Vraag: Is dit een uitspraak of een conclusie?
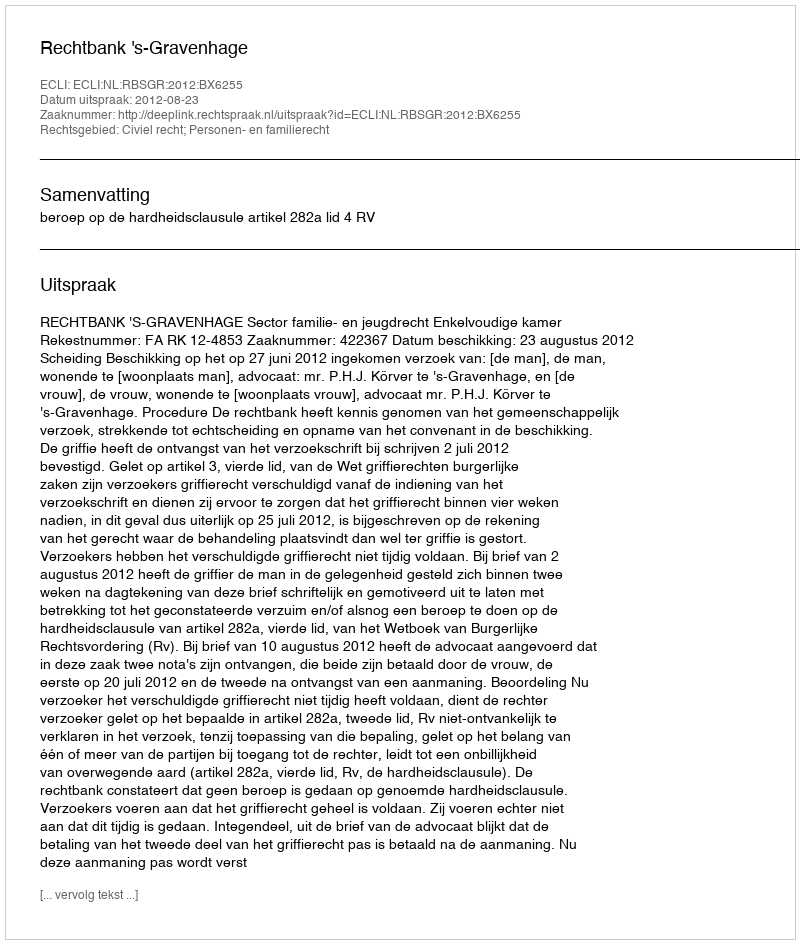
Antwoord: Uitspraak